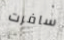
سافرت